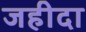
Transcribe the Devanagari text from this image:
जहीदा